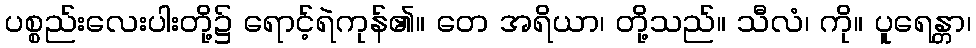
ပစ္စည်းလေးပါးတို့၌ ရောင့်ရဲကုန်၏။ တေ အရိယာ၊ တို့သည်။ သီလံ၊ ကို။ ပူရေန္တာ၊